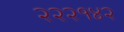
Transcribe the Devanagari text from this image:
२२२१४२